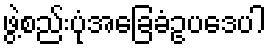
ဖွဲ့စည်းပုံအခြေခံဥပဒေပါ